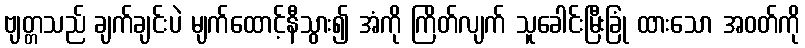
ဗျတ္တသည် ချက်ချင်းပဲ မျက်ထောင့်နီသွား၍ အံကို ကြိတ်လျက် သူခေါင်းမြီးခြုံ ထားသော အဝတ်ကို